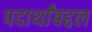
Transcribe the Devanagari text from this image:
पदार्थांबद्दल